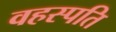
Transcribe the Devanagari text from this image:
वहस्पति